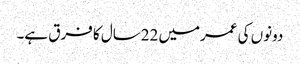
دونوں کی عمرمیں 22سال کا فرق ہے۔